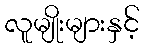
လူမျိုးများနှင့်